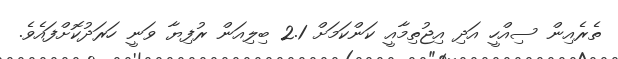
ތެރެއިން ސިއްހީ އަދި އިޖުތިމާއީ ކަންކަމަށް 2.1 ބިލިއަން ރުފިޔާ ވަނީ ހަރަދުކޮށްފައެވެ.